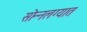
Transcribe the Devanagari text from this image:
सोन्नलग्यात